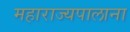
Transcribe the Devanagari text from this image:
महाराज्यपालाना